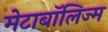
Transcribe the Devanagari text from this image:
मेटाबॉलिज्म